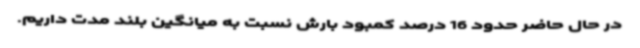
در حال حاضر حدود 16 درصد کمبود بارش نسبت به میانگین بلند مدت داریم.